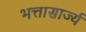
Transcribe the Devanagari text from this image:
भत्तासार्ज्य